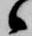
候